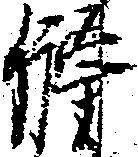
牓